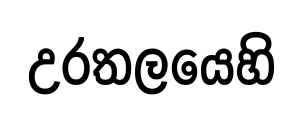
උරතලයෙහි